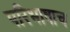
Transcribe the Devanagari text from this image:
परिभाषाच